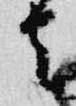
者